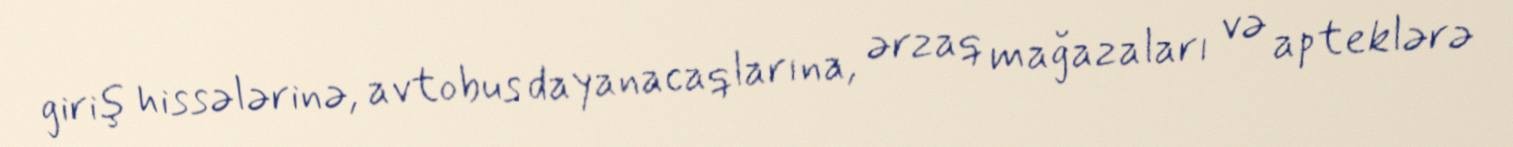
giriş hissələrinə, avtobus dayanacaqlarına, ərzaq mağazaları və apteklərə